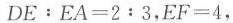
$$D E：E A = 2 : 3$$，$$E F = 4$$，